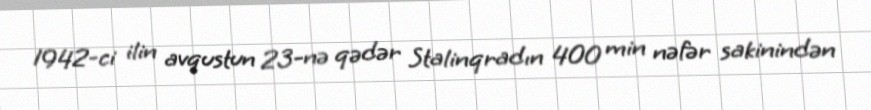
1942-ci ilin avqustun 23-nə qədər Stalinqradın 400 min nəfər sakinindən